system: You are a helpful assistant.
user:
Analyze the provided spectrum to determine if it is a **"Cataclysmic Variables (CV)"**.

- **Key Indicators for CV (Check for either state):**
    - **State 1: Quiescent / Low-State (Emission-Dominated)**
        - **(Primary):** Strong and *very broad* Hydrogen Balmer emission lines (e.g., $H\alpha$ at 6563 Å, $H\beta$ at 4861 Å). The 'broadness' (high velocity dispersion, often FWHM > 1000 km/s) is the key diagnostic, indicating a high-velocity accretion disk.
        - **(Secondary):** Broad neutral Helium (He I) emission lines (e.g., 5876 Å, 6678 Å).
        - **(Key Confirmation):** Presence of high-excitation *ionized* Helium (He II) emission at 4686 Å. This is a strong indicator of accretion onto a white dwarf.
        - **(Line Profile):** Emission lines may exhibit a 'double-peaked' profile, which is a classic signature of a rotating accretion disk viewed at high inclination.

    - **State 2: Outburst / High-State (Absorption-Dominated)**
        - **(Primary):** Spectrum is dominated by a bright, blue continuum (looks like a hot star).
        - **(Secondary):** The emission lines from State 1 are weak, absent, or 'filled in', and are replaced by broad, shallow *absorption* lines (primarily Balmer and He I).
        - **(Morphology):** The overall spectrum mimics a hot B/A-type star. The crucial difference is that the absorption lines are significantly broader, shallower, and more 'washed-out' (or 'smeared') than the sharp lines of a normal stellar photosphere, due to high rotational speeds and pressure broadening in the disk.

Think first, call **spectral_visualization_tool** if needed to examine features in detail, then provide your final answer. Your response must adhere to the following strict rules:
1.  **Overall Structure:** Your response must follow the format `<think>...</think> <tool_call>...</tool_call> (if a tool is used) <answer>...</answer>`.
2.  **Tool Usage Constraint:** You may only make **one** tool call per turn.
3.  **Final Answer Format:** In the `<answer>` tag, your conclusion must be inside a `\boxed{}` command (e.g., `\boxed{YES}`), followed by your justification.

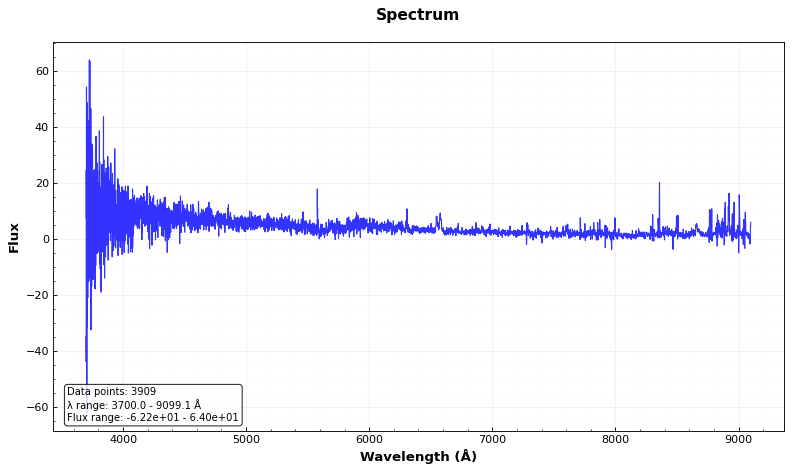
Answer: YES